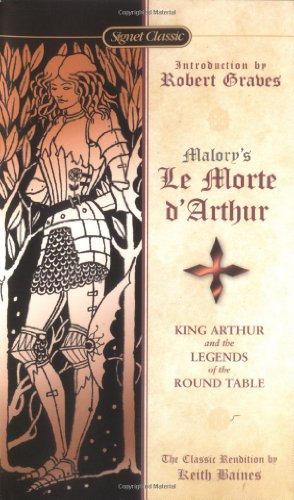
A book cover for Le Morte D'Arthur: King Arthur and the Legends of the Round Table (Signet Classics); Sir Thomas Malory; Science Fiction & Fantasy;